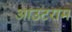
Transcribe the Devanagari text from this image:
आउटराम